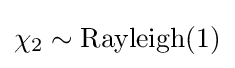
\chi _{2}\sim \mathrm {Rayleigh} (1)